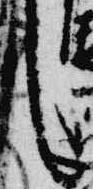
言